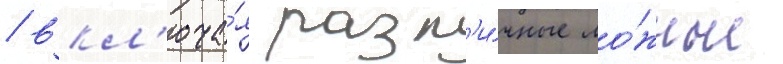
/ вкл'юча́я разл'и́чные ло́жные